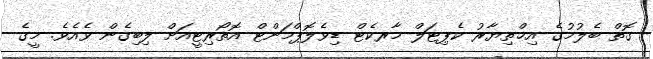
ގޮތް ބެލުމުގެ އިޚްތިޔާރު ކެޕިޓަލް މާރކެޓް ޑިވެލޮޕްމަންޓް އޮތޯރިޓީއަށް ލިބިގެން ވެއެވެ. މީގެ